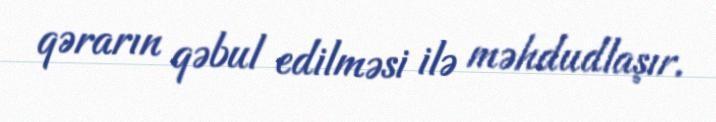
qərarın qəbul edilməsi ilə məhdudlaşır.